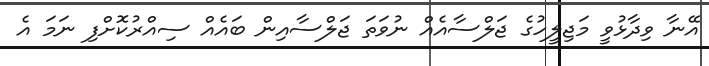
އޭނާ ވިދާޅުވީ މަޖިލީހުގެ ޖަލްސާއެއް ނުވަތަ ޖަލްސާއިން ބައެއް ސިއްރުކޮށްފި ނަމަ އެ